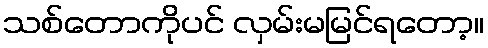
သစ်တောကိုပင် လှမ်းမမြင်ရတော့။